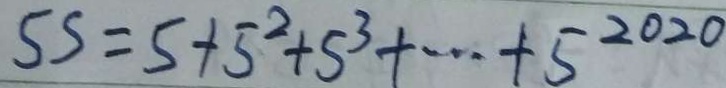
5 s = 5 + 5 ^ { 2 } + 5 ^ { 3 } + \cdots + 5 ^ { 2 0 2 0 }